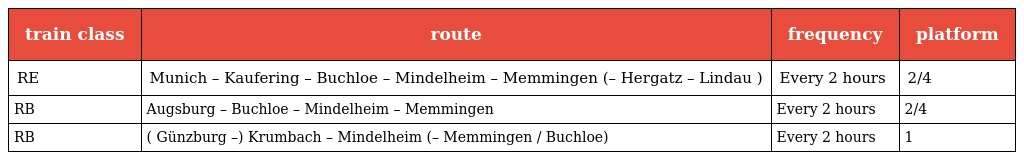
| train class | route | frequency | platform |
 | --- | --- | --- | --- |
 | RE | Munich – Kaufering – Buchloe – Mindelheim – Memmingen (– Hergatz – Lindau ) | Every 2 hours | 2/4 |
 | RB | Augsburg – Buchloe – Mindelheim – Memmingen | Every 2 hours | 2/4 |
 | RB | ( Günzburg –) Krumbach – Mindelheim (– Memmingen / Buchloe) | Every 2 hours | 1 |